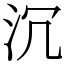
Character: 沉